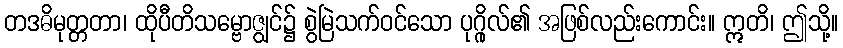
တဒဓိမုတ္တတာ၊ ထိုပီတိသမ္ဗောဇျွင်၌ စွဲမြဲသက်ဝင်သော ပုဂ္ဂိုလ်၏ အဖြစ်လည်းကောင်း။ ဣတိ၊ ဤသို့။